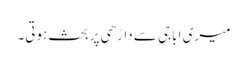
میری اباجی سے داڑھی پر بحث ہوتی۔